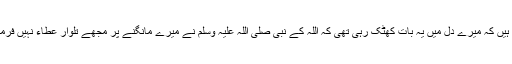
حضرت زبیر رضی اللہ عنہ فرماتے ہیں کہ میرے دل میں یہ بات کھٹک رہی تھی کہ اللہ کے نبی صلی اللہ علیہ وسلم نے میرے مانگنے پر مجھے تلوار عطاء نہیں فرمائی اور ابو دجانہ کو عطاء فرما دی ۔